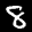
Label: 8